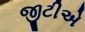
જીટીએ